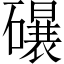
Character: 𱴸